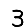
Digit: 3